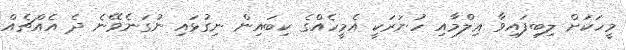
މީހަކަށް ލިބިފައިވާ ޢިލްމާއި ހުނަރަކީ އެމީހެއްގެ ކިބައިން ނިގުޅައި ނުގަނެވޭނެ ދެ އެއްޗެއް